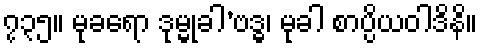
၇၃၅။ မုခရော ဒုမ္မုခါ’ဗဒ္ဓ၊ မုခါ စာပ္ပိယဝါဒိနိ။